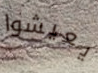
يعيشوا